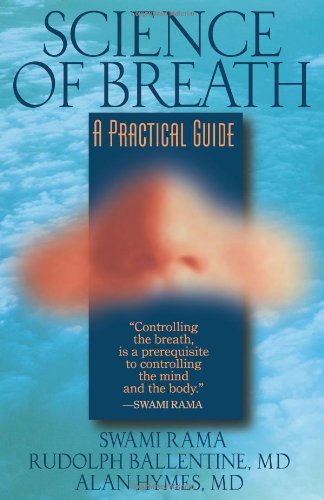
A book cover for Science of Breath; Rama; Health, Fitness & Dieting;